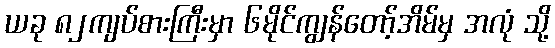
ယခု ၈၂ကျပ်စားကြီးမှာ ၆မိုင်ကျွန်တော့်အိမ်မှ အလုံ သို့